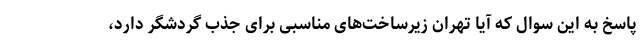
پاسخ به این سوال که آیا تهران زیرساخت‌های مناسبی برای جذب گردشگر دارد،